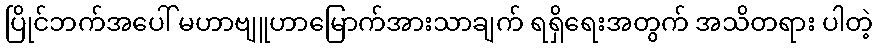
ပြိုင်ဘက်အပေါ် မဟာဗျူဟာမြောက်အားသာချက် ရရှိရေးအတွက် အသိတရား ပါတဲ့